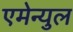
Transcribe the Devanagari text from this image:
एमेन्युल